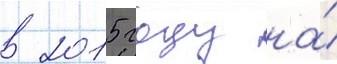
в 2015 году на́